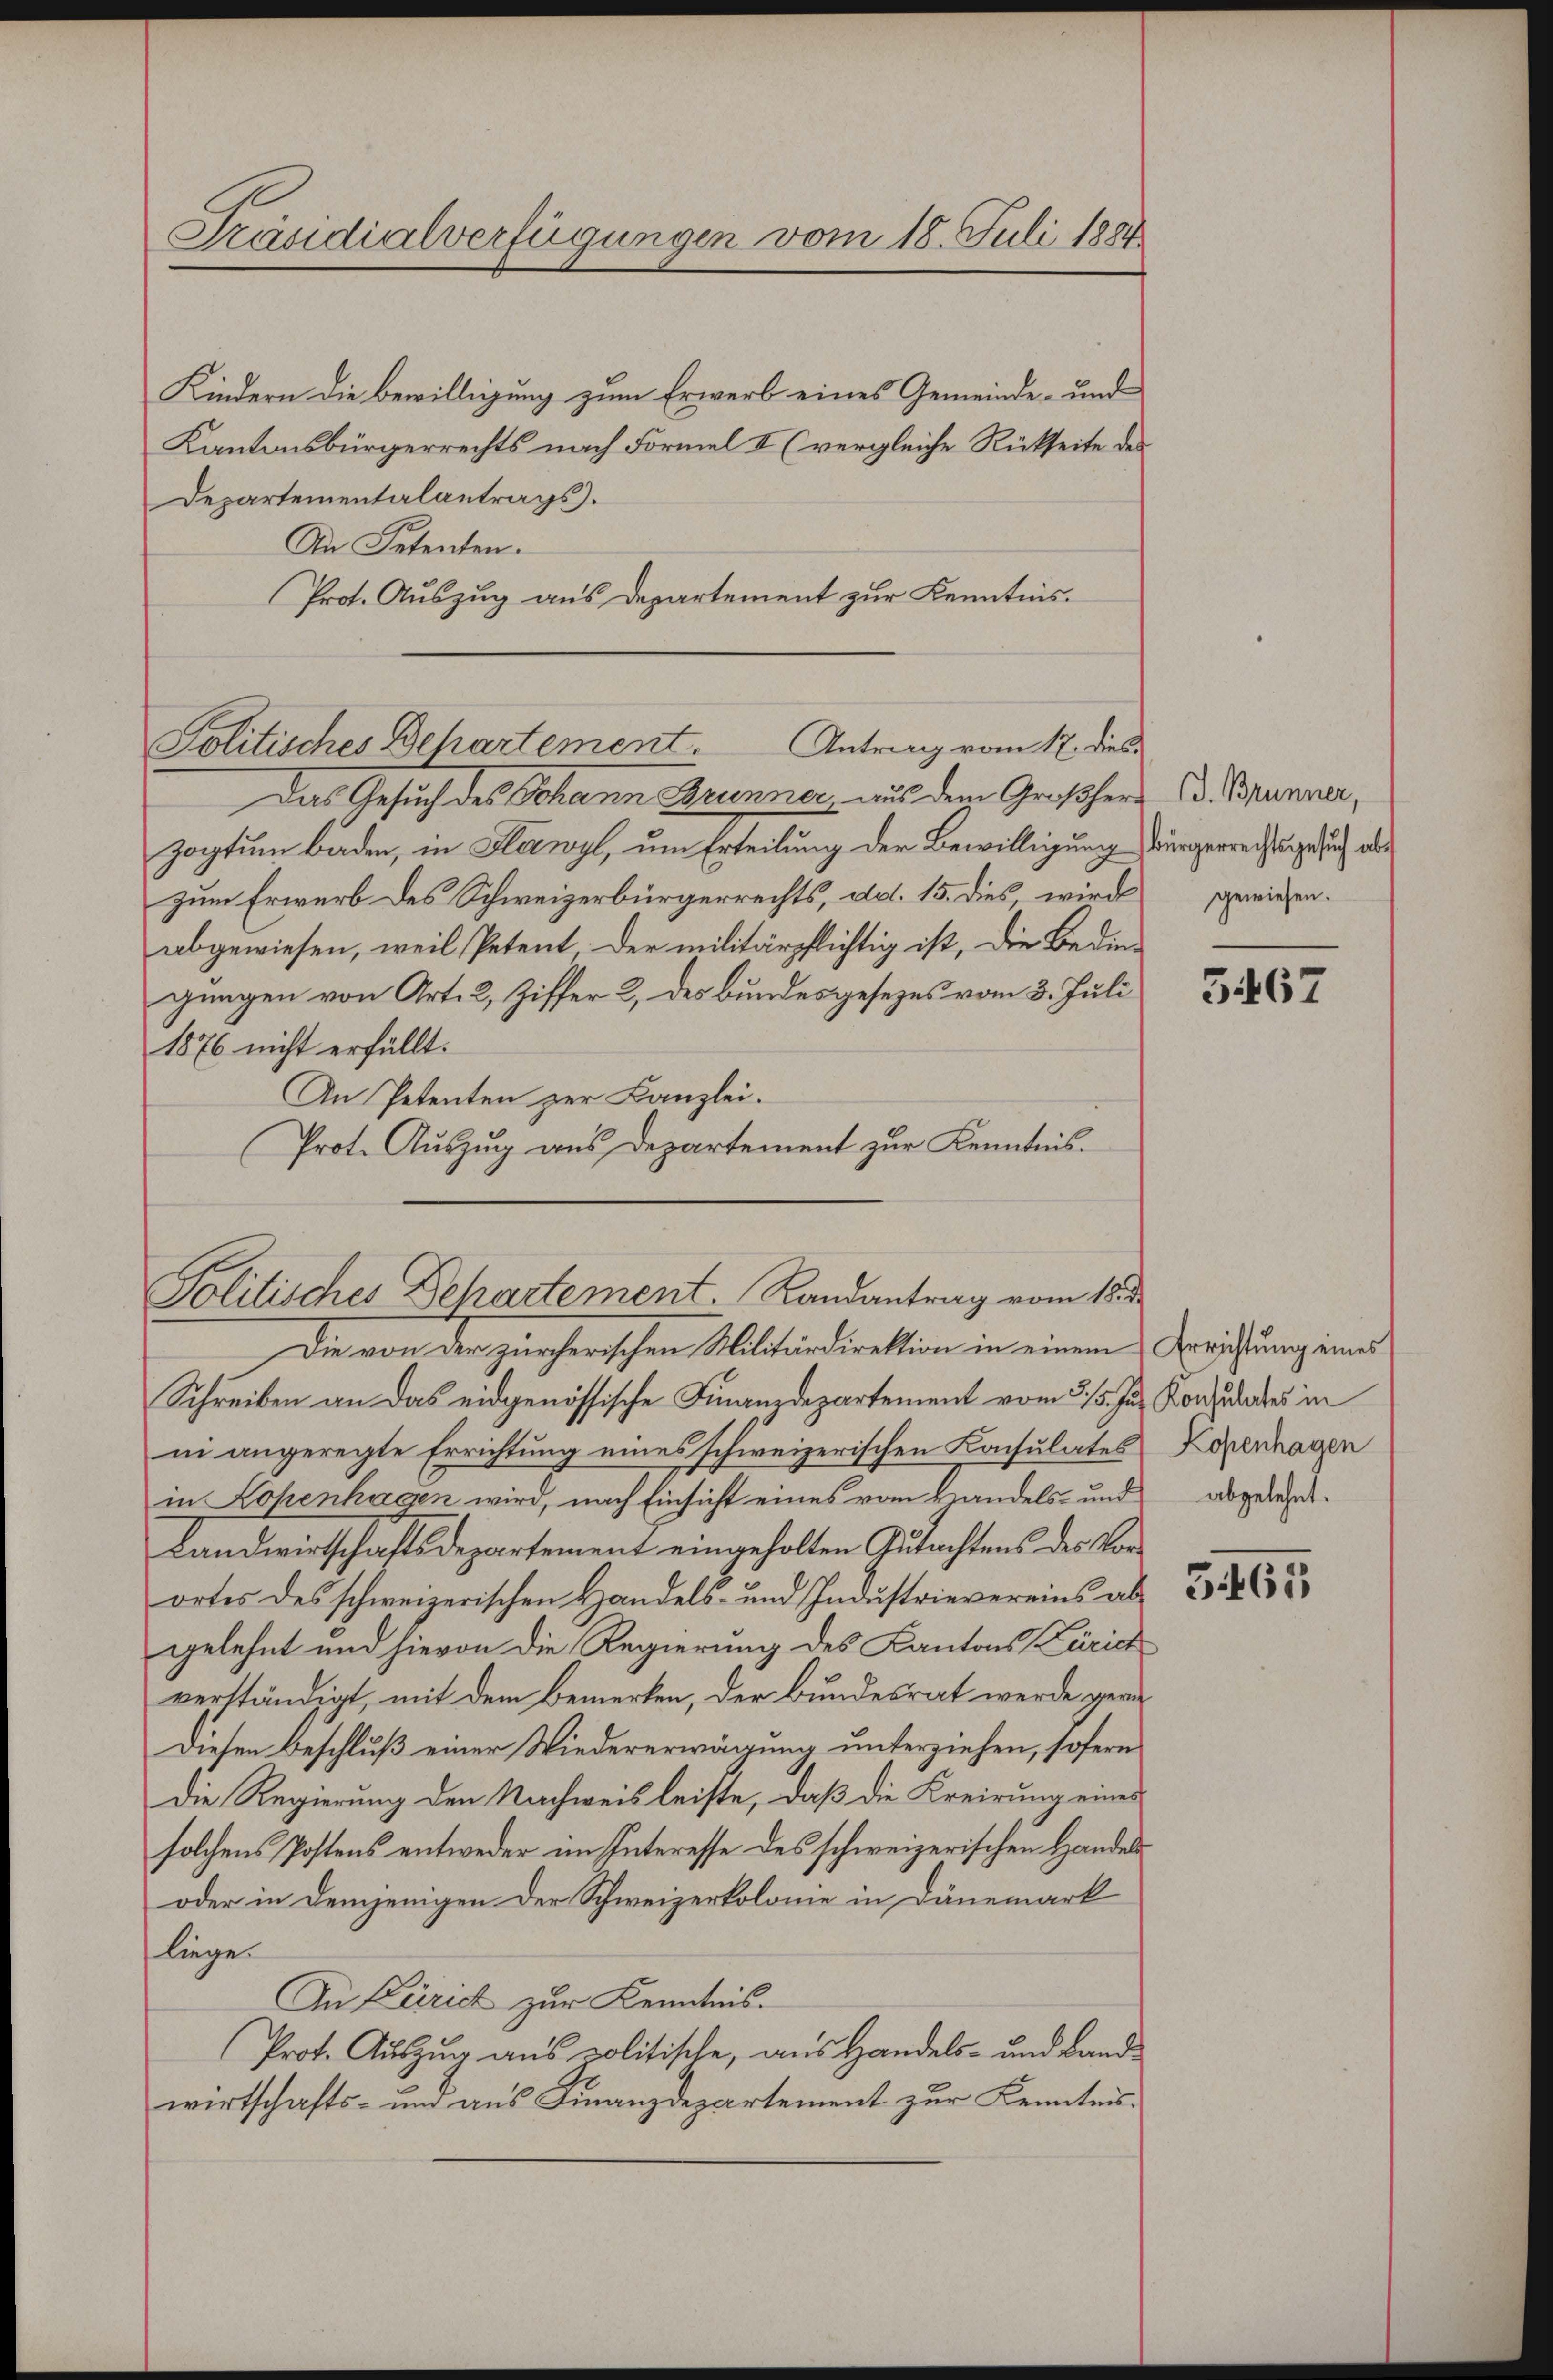
Präsidialverfügungen vom 18. Juli 1884

Kindern die Bewilligung zum Erwerb eines Gemeinde- und
Kantonsbürgerrechts nach Formel II (vergleiche Rückseite des
Departementalantrags.
An Petenten.
Prot. Auszug aus Departement zur Kenntnis.

Politisches Behartement. Antrag vom 17. dies

Das Gesuch des Johann Brunner, aus dem Großherz d. Brunner,
zogtum baden, in Flawyl, um Erteilung der Bewilligung Bürgerrechtsgesuch als
zum Erwerb des Schweizerbürgerrechts, d. 15. dies, wird gewiesen.
abgewiesen, weil Petent, der militärpflichtig ist, die Bedin-
gungen von Art. 2, Ziffer 2, des Bundesgesezes vom 3. Juli
1876 nicht erfüllt.
An Petenten zur Kanzlei.
Prot. Auszug aus Departement zur Kenntnis.

Politisches Departement. Randantrag vom 18. d.

Schreiben an das eidgenössische Finanzdepartement vom 315. Jun. Konzedirtes in
ni angeregte Errichtung eines schweizerischen Konsulates Kopenhagen
in Lopenhagen wird, nach Einsicht eines vom Handels- und abgelehnt.
Landwirtschaftsdepartement eingeholten Gutachtens des Vorortes des schweizerischen Handels- und Industrievereins abgelehnt und hievon die Regierung des Kantons Zürich
verständigt, mit dem Bemerken, der Bundesrat werde geri¬
Diesen Beschluß einer Wiedererwägung unterziehen, sofern
Die Regierung den Nachweis leiste, daß die Kreirung eines
solchens Postens entweder im Interesse des schweizerischen Handels¬
oder in demjenigen der Schweizerkolonie in Dänemark
liege
An Zürich zur Kenntnis.
(Prot. Auszug aus politische, aus Handels- und Landwirtschafts- und aus Finanzdepartement zur Kenntnis¬

Die von der zürcherischen Militärdirektion in einem Errichtung eines

3467

3463